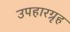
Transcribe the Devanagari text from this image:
उपहारग्रृह